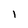
Character: 1